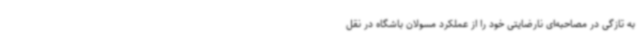
به تازگی در مصاحبه‌ای نارضایتی خود را از عملکرد مسولان باشگاه در نقل